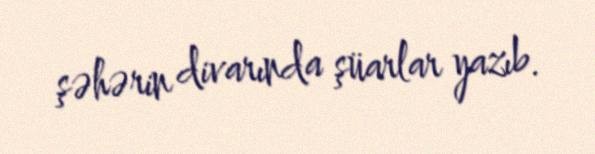
şəhərin divarında şüarlar yazıb.